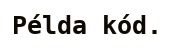
Példa kód.